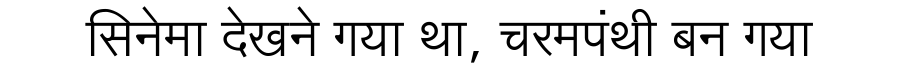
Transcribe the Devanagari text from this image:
सिनेमा देखने गया था, चरमपंथी बन गया